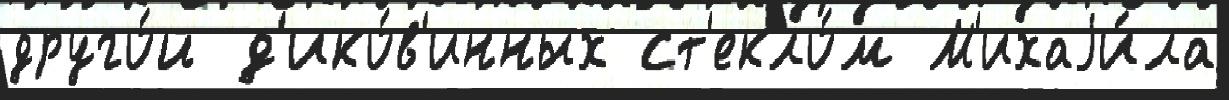
друго́й д'ико́в'инных ст'екло́м М'ихаjи́ла